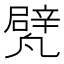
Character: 𠙱